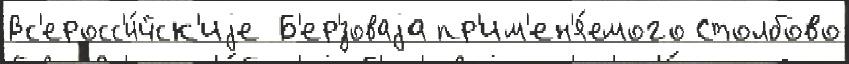
Вс'еросс'и́йск'иjе Б'ер'́зоваjа пр'им'ен'я́емого Столбово